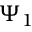
\Psi _ { 1 }